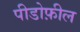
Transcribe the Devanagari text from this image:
पीडोफ़ील